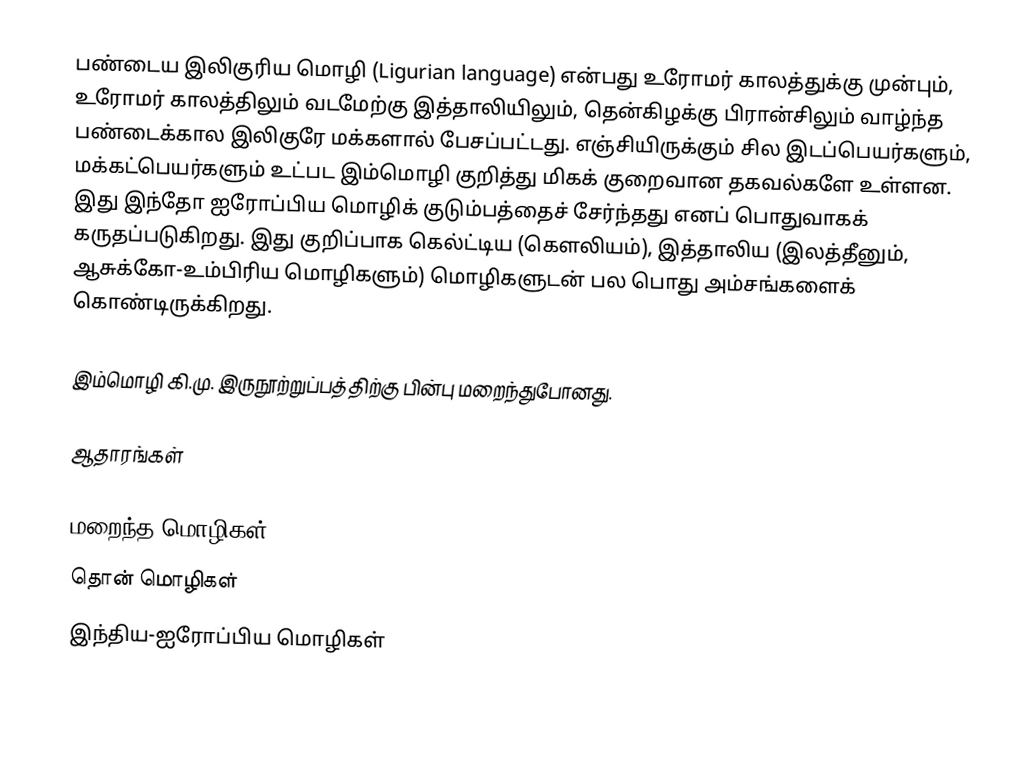
பண்டைய இலிகுரிய மொழி (Ligurian language) என்பது உரோமர் காலத்துக்கு முன்பும், உரோமர் காலத்திலும் வடமேற்கு இத்தாலியிலும், தென்கிழக்கு பிரான்சிலும் வாழ்ந்த பண்டைக்கால இலிகுரே மக்களால் பேசப்பட்டது. எஞ்சியிருக்கும் சில இடப்பெயர்களும், மக்கட்பெயர்களும் உட்பட இம்மொழி குறித்து மிகக் குறைவான தகவல்களே உள்ளன. இது இந்தோ ஐரோப்பிய மொழிக் குடும்பத்தைச் சேர்ந்தது எனப் பொதுவாகக் கருதப்படுகிறது. இது குறிப்பாக கெல்ட்டிய (கௌலியம்), இத்தாலிய (இலத்தீனும், ஆசுக்கோ-உம்பிரிய மொழிகளும்) மொழிகளுடன் பல பொது அம்சங்களைக் கொண்டிருக்கிறது.

இம்மொழி கி.மு. இருநூற்றுப்பத்திற்கு பின்பு மறைந்துபோனது.

ஆதாரங்கள்

மறைந்த மொழிகள்
தொன் மொழிகள்
இந்திய-ஐரோப்பிய மொழிகள்